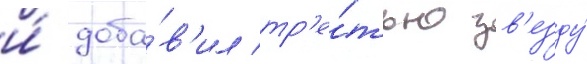
и́ доба́в'ил тр'е́тью зв'езду́